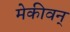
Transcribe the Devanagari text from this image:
मेकीवन्